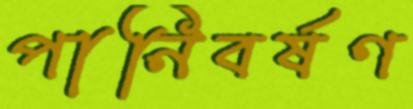
পানিবর্ষণ